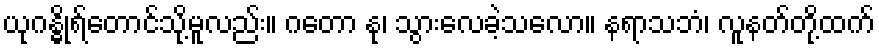
ယုဂန္ဓိုရ်တောင်သို့မူလည်း။ ဂတော နု၊ သွားလေခဲ့သလော။ နရာသဘံ၊ လူနတ်တို့ထက်